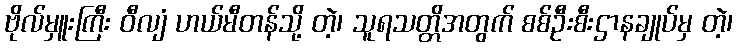
ဗိုလ်မှူးကြီး ဝီလျံ ဟယ်မီတန်သို့ တဲ့၊ သူရသတ္တိအတွက် စစ်ဦးစီးဌာနချုပ်မှ တဲ့၊